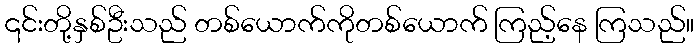
၎င်းတို့နှစ်ဦးသည် တစ်ယောက်ကိုတစ်ယောက် ကြည့်နေ ကြသည်။